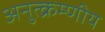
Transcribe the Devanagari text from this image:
अनुत्क्रम्णीय